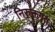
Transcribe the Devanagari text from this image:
निरुक्तगत